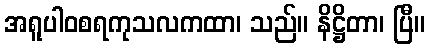
အရူပါဝစရကုသလကထာ၊ သည်။ နိဋ္ဌိတာ၊ ပြီ။